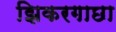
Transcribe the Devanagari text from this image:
झिकरगाछा